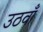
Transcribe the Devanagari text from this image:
उठवाँ